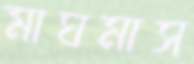
মাঘমাস